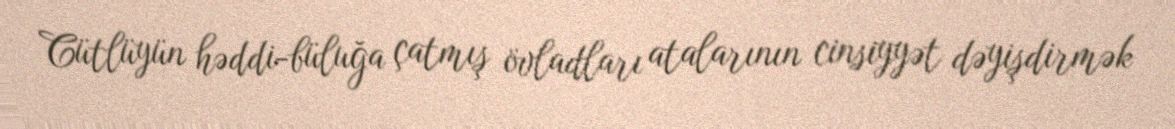
Cütlüyün həddi-büluğa çatmış övladları atalarının cinsiyyət dəyişdirmək